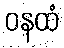
ဝနထံ